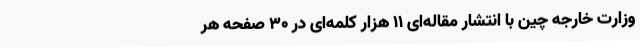
وزارت خارجه چین با انتشار مقاله‌ای 11 هزار کلمه‌ای در 30 صفحه‌ هر